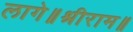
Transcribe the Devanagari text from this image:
लागे॥श्रीराम॥